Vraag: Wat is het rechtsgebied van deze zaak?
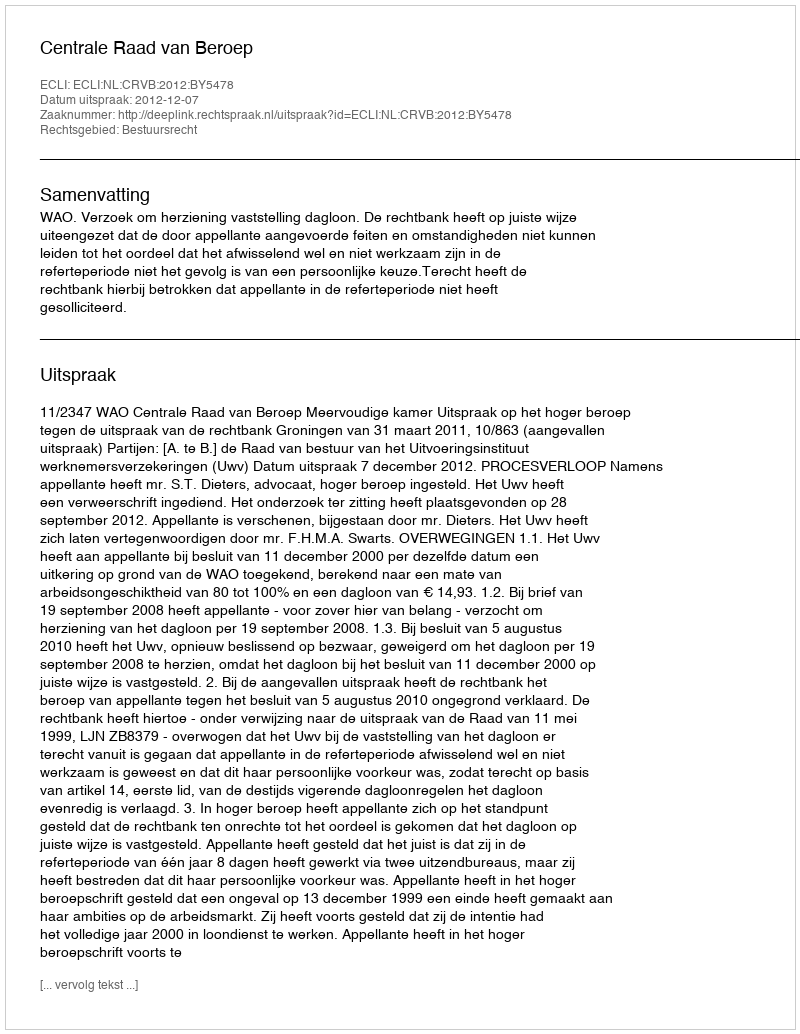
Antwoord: Bestuursrecht